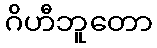
ဂိဟီဘူတော